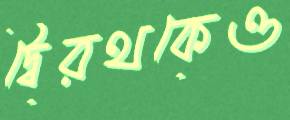
দ্বৈরথকেও